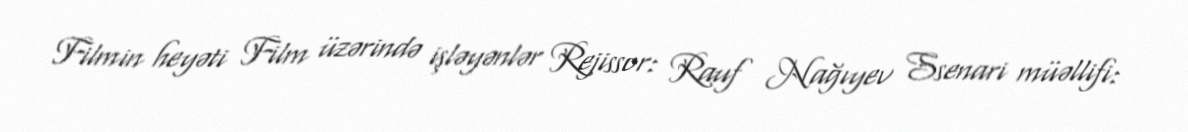
Filmin heyəti Film üzərində işləyənlər Rejissor: Rauf Nağıyev Ssenari müəllifi: